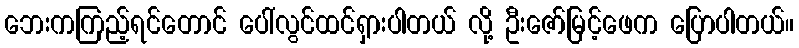
ဘေးကကြည့်ရင်တောင် ပေါ်လွင်ထင်ရှားပါတယ် လို့ ဦးဇော်မြင့်ဖေက ပြောပါတယ်။